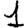
Digit: 1